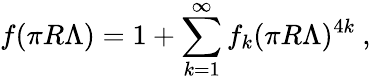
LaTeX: f(\pi R\Lambda)=1+\sum_{k=1}^{\infty}f_{k}(\pi R\Lambda)^{4k}\ ,